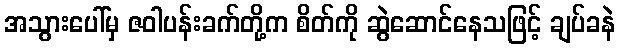
အသွားပေါ်မှ ဇဝါပန်းခက်တို့က စိတ်ကို ဆွဲဆောင်နေသဖြင့် ချပ်ခနဲ